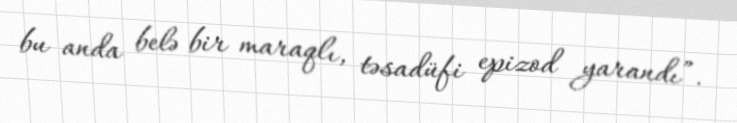
bu anda belə bir maraqlı, təsadüfi epizod yarandı”.